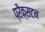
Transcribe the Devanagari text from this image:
प्रैक्सटन